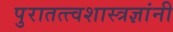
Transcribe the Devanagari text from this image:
पुरातत्त्वशास्त्रज्ञांनी